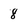
Character: 8